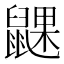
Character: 𬹮